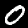
Digit: 0